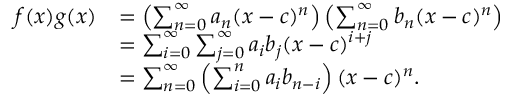
{ \begin{array} { r l } { f ( x ) g ( x ) } & { = \left( \sum _ { n = 0 } ^ { \infty } a _ { n } ( x - c ) ^ { n } \right) \left( \sum _ { n = 0 } ^ { \infty } b _ { n } ( x - c ) ^ { n } \right) } \\ & { = \sum _ { i = 0 } ^ { \infty } \sum _ { j = 0 } ^ { \infty } a _ { i } b _ { j } ( x - c ) ^ { i + j } } \\ & { = \sum _ { n = 0 } ^ { \infty } \left( \sum _ { i = 0 } ^ { n } a _ { i } b _ { n - i } \right) ( x - c ) ^ { n } . } \end{array} }